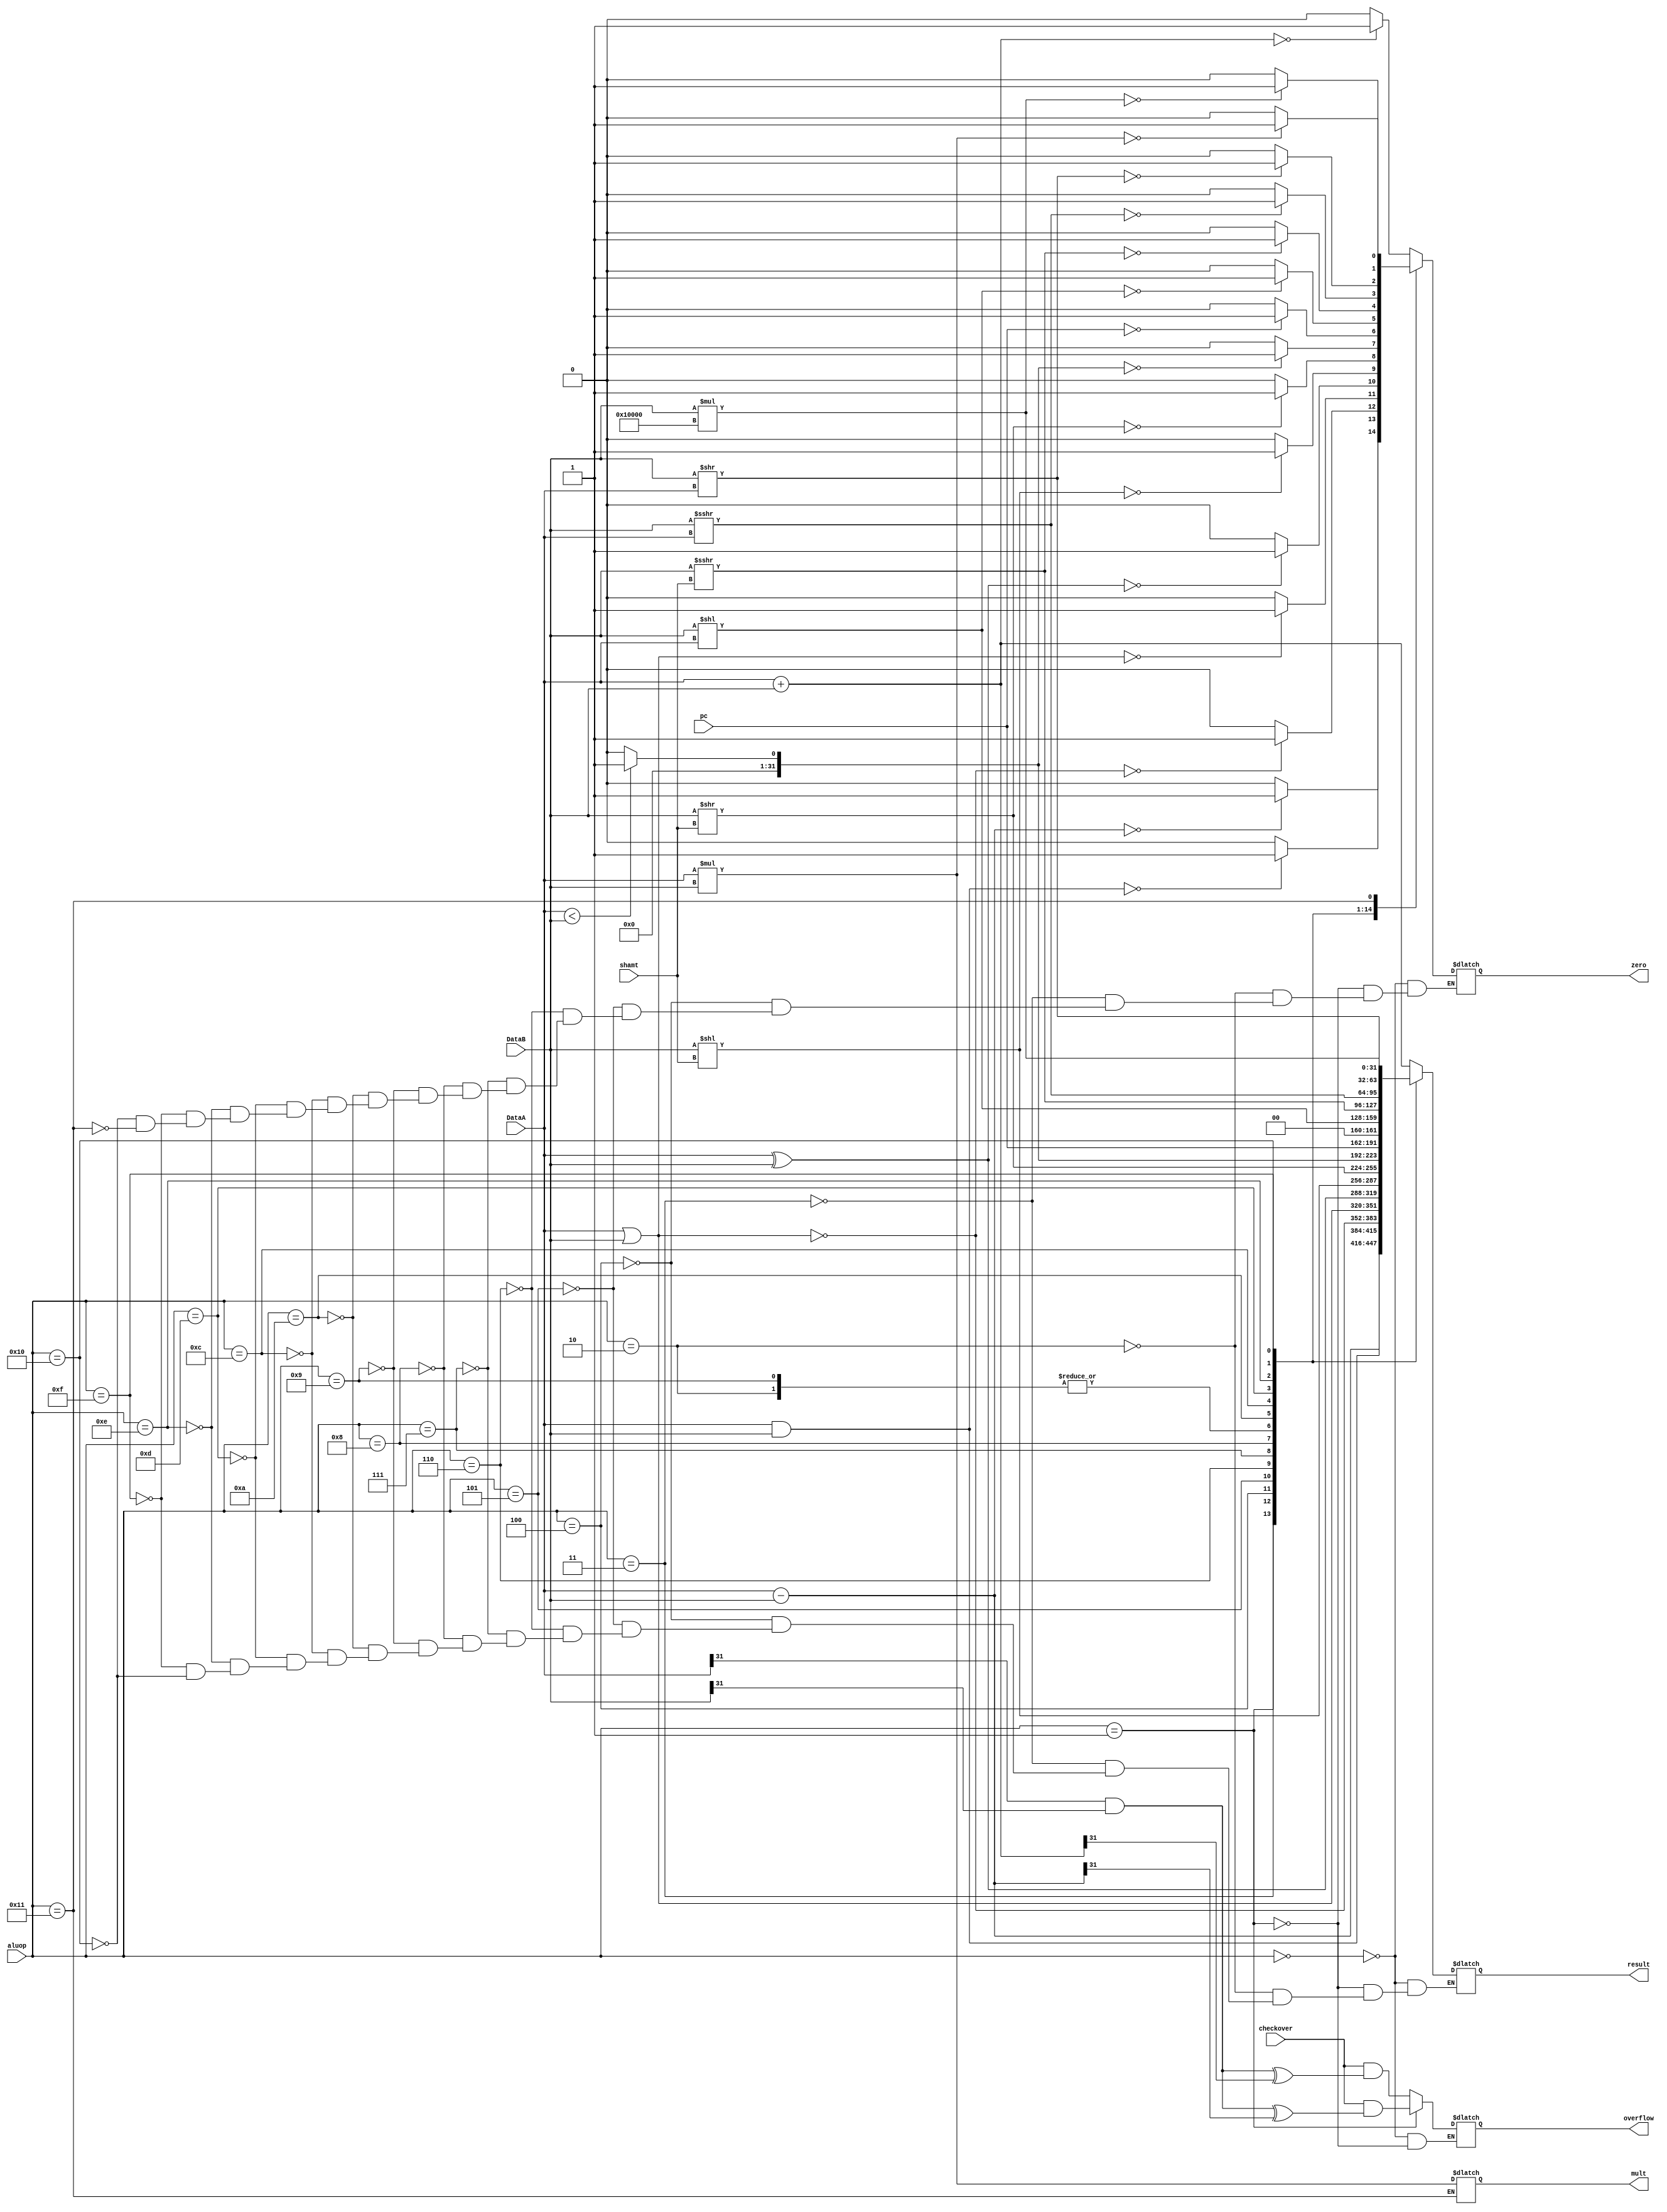
module alu(
	checkover,
	pc,
	aluop,
	shamt,
	DataA,
	DataB,
	zero,
	overflow,
	result,
	mult,
);

input wire[4:0] aluop;
input wire[4:0] shamt;
input wire[31:0] DataA;
input wire[31:0] DataB;
input wire[29:0] pc;
input wire checkover;
output reg zero,overflow;
output reg[31:0] result;
output reg[63:0] mult;
reg Cout;

always@(aluop or DataA or DataB) begin
	case(aluop)
		5'b00000: begin  //add
		result = DataA + DataB;
		Cout = DataA[31]&DataB[31];
		zero = (result == 0)?1:0;
		overflow = checkover&(Cout^result[31]);
		end
		5'b00001: begin  //sub
		result = DataA - DataB;
		Cout = DataA[31]&DataB[31];
		zero = (result == 0)?1:0;
		overflow = checkover&(Cout^result[31]);
		end
		5'b00010: begin  //slt
		result = (DataA < DataB)?1:0;
		zero = (result == 0)?1:0;
		end
		5'b00011: begin  //and
		result = DataA & DataB;
		zero = (result == 0)?1:0;
		end
		5'b00100: begin  //nor
		result = ~(DataA | DataB);
		zero = (result == 0)?1:0;
		end
		5'b00101: begin  //or
		result = DataA | DataB;
		zero = (result == 0)?1:0;
		end
		5'b00110: begin  //xor
		result = DataA ^ DataB;
		zero = (result == 0)?1:0;
		end
		5'b00111: begin  //sll
		result = DataB << shamt;
		zero = (result == 0)?1:0;
		end
		5'b01000: begin  //srl
		result = DataB >> shamt;
		zero = (result == 0)?1:0;
		end
		5'b01001: begin  //sltu
		result = (DataA < DataB)?1:0;
		zero = (result == 0)?1:0;
		end
		5'b01010: begin  //jalr
		result = {pc,{2'b00}};
		zero = (result == 0)?1:0;
		end
		5'b01011: begin  //jr
		end
		5'b01100: begin  //sllv
		result = DataB << DataA;
		zero = (result == 0)?1:0;		
		end
		5'b01101: begin  //sra
		result = ($signed(DataB)) >>> shamt;
		zero = (result == 0)?1:0;		
		end
		5'b01110: begin  //srav
		result = ($signed(DataB)) >>> DataA;
		zero = (result == 0)?1:0;		
		end
		5'b01111: begin  //srlv
		result = DataB >> DataA;
		zero = (result == 0)?1:0;		
		end
		5'b10000: begin  //lui
		result = DataB * 65536;
		zero = (result == 0)?1:0;
		end
		5'b10001: begin  //mult
		mult = ($signed(DataA)) * ($signed(DataB));
		zero = (mult == 0)?1:0;
		end
	endcase
end
endmodule